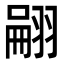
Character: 翤